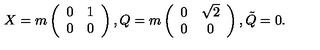
X = m \left( \begin{array} { c c } { 0 } & { 1 } \\ { 0 } & { 0 } \\ \end{array} \right) , Q = m \left( \begin{array} { c c } { 0 } & { \sqrt { 2 } } \\ { 0 } & { 0 } \\ \end{array} \right) , \tilde { Q } = 0 .